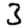
Digit: 3